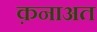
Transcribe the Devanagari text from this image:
क़नाअत